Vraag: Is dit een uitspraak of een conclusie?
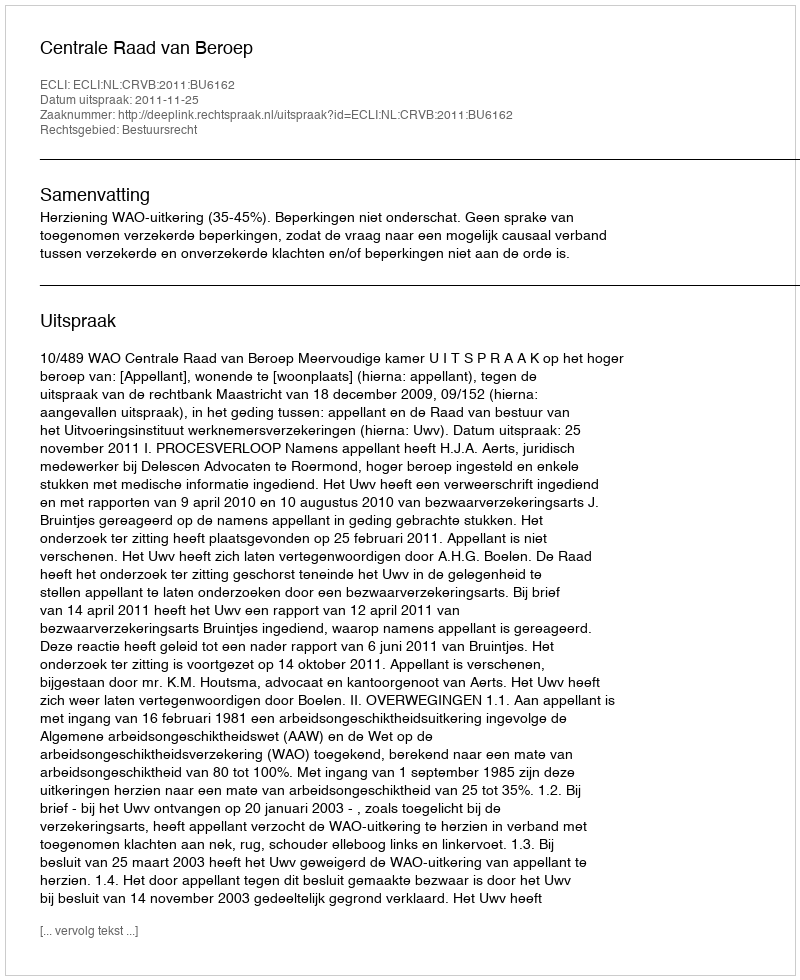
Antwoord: Uitspraak